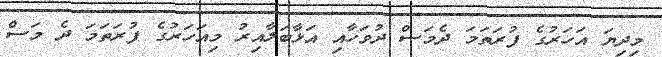
މިދިޔަ އަހަރުގެ ފުރަތަމަ ދެމަސް ދުވަހާއި އަޅާބަލާއިރު މިއަހަރުގެ ފުރަތަމަ ދެ މަސް